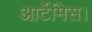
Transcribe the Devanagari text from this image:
आर्टेमिस।